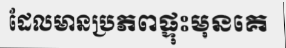
ដែលមានប្រភពផ្ទុះមុនគេ